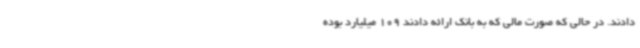
دادند. در حالی که صورت مالی که به بانک ارائه دادند 109 میلیارد بوده